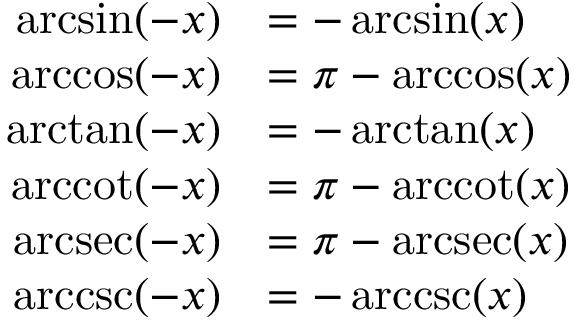
{ \begin{array} { r l } { \arcsin ( - x ) } & { = - \arcsin ( x ) } \\ { \operatorname { a r c c o s } ( - x ) } & { = \pi - \operatorname { a r c c o s } ( x ) } \\ { \arctan ( - x ) } & { = - \arctan ( x ) } \\ { \operatorname { a r c c o t } ( - x ) } & { = \pi - \operatorname { a r c c o t } ( x ) } \\ { \operatorname { a r c s e c } ( - x ) } & { = \pi - \operatorname { a r c s e c } ( x ) } \\ { \operatorname { a r c c s c } ( - x ) } & { = - \operatorname { a r c c s c } ( x ) } \end{array} }